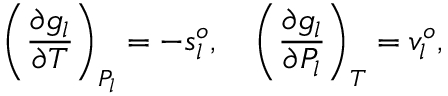
\left( \frac { \partial g _ { l } } { \partial T } \right) _ { P _ { l } } = - s _ { l } ^ { o } , \quad \left( \frac { \partial g _ { l } } { \partial P _ { l } } \right) _ { T } = v _ { l } ^ { o } ,